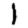
Digit: 1